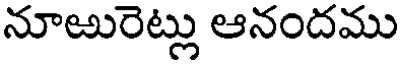
నూఱురెట్లు ఆనందము